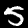
Digit: 5